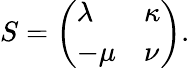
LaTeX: S=\left(\begin{array}{ll}{{\lambda}}&{{\kappa}}\\ {{-\mu}}&{{\nu}}\end{array}\right).